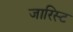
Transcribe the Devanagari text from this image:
जारिस्ट